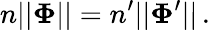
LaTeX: n||\boldsymbol\Phi||=n^{\prime}||\boldsymbol\Phi^{\prime}||\, .